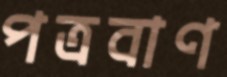
পত্রবাণ